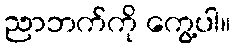
ညာဘက်ကို ကွေ့ပါ။